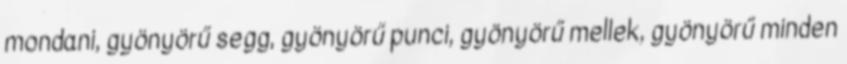
mondani, gyönyörű segg, gyönyörű punci, gyönyörű mellek, gyönyörű minden